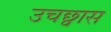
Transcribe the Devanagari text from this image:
उचछ्वास